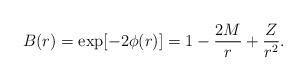
LaTeX: \begin{align*}B(r) = \exp[-2\phi(r)] = 1 -{2M\over r} + {Z\over r^2}.\end{align*}